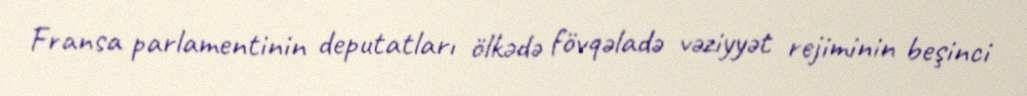
Fransa parlamentinin deputatları ölkədə fövqəladə vəziyyət rejiminin beşinci